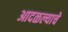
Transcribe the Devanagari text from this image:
आदळल्याचे